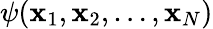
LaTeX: \psi(\mathbf{x}_{1},\mathbf{x}_{2},\dots,\mathbf{x}_{N})